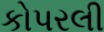
કોપરલી